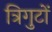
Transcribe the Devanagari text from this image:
त्रिगुटों